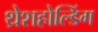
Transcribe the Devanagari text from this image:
थ्रेशहोल्डिंग